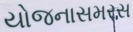
યોજનાસમરસ